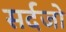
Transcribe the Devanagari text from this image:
सर्दजो